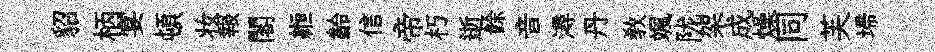
貂柄宴頓妆報閣縆齡信帝朽逝餘音潯丹敎颯陇架成燥同芙埽